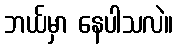
ဘယ်မှာ နေပါသလဲ။